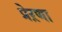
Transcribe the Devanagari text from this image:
प्रेऱणा